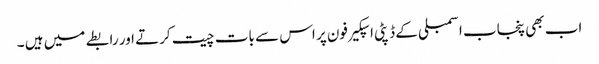
اب بھی پنجاب اسمبلی کے ڈپٹی اسپکیر فون پر اس سے بات چیت کرتے اور رابطے میں ہیں ۔